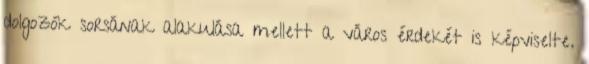
dolgozók sorsának alakulása mellett a város érdekét is képviselte.